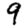
Digit: 9